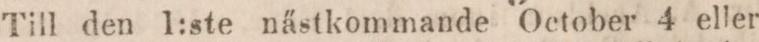
Till den 1:ste nästkommande October 4 eller